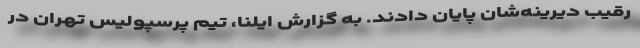
رقیب دیرینه‌شان پایان دادند. به گزارش ایلنا، تیم پرسپولیس تهران در